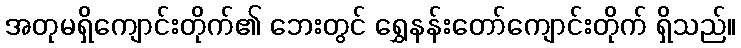
အတုမရှိကျောင်းတိုက်၏ ဘေးတွင် ရွှေနန်းတော်ကျောင်းတိုက် ရှိသည်။